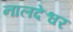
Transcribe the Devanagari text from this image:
नालदेश्वर